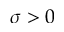
\sigma > 0